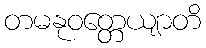
တမနုဝတ္တေယျာတိ